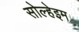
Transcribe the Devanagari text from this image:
सोल्हेइम